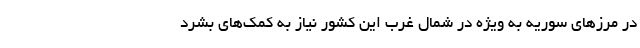
در مرزهای سوریه به ویژه در شمال غرب این کشور نیاز به کمک‌های بشرد